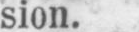
sion.